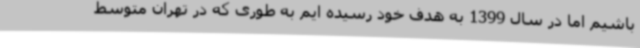
باشیم اما در سال 1399 به هدف خود رسیده ایم به طوری که در تهران متوسط